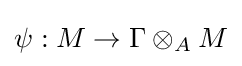
\psi :M\to \Gamma \otimes _{A}M